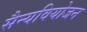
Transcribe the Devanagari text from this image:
सैन्यवियोजन